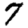
Digit: 7